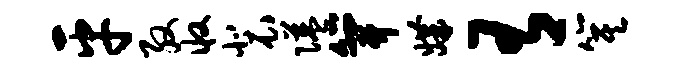
平殷收裴隘笄媾有箕